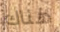
هناك